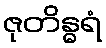
ဇုတိန္ဓရံ